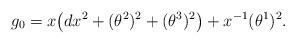
LaTeX: \begin{align*} g_0 = x \big(dx^2+(\theta^2)^2+(\theta^3)^2\big) + x^{-1} (\theta^1)^2.\end{align*}